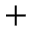
+